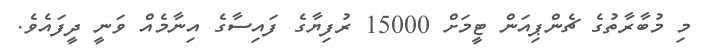
މި މުބާރާތުގެ ޗެންޕިއަން ޓީމަށް 15000 ރުފިޔާގެ ފައިސާގެ އިނާމެއް ވަނީ ދީފައެވެ.